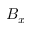
B _ { x }